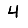
Digit: 4